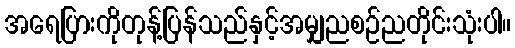
အရေပြားကိုတုန့်ပြန်သည်နှင့်အမျှညစဉ်ညတိုင်းသုံးပါ။